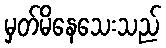
မှတ်မိနေသေးသည်